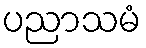
ပညာသမံ